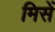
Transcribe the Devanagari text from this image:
मिसें